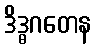
ဒိဒ္ဓဂတေန